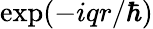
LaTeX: \exp(-iqr/\hbar)